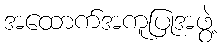
အထောက်အကူပြုအဖွဲ့